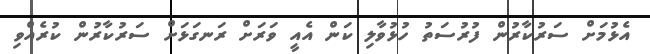
އެޅުމަށް ސަރުކާރުން ފުރުސަތު ހުޅުވާލި ކަން އެއީ ވަރަށް ރަނގަޅަށް ސަރުކާރުން ކުރެއްވި